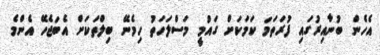
އެހެން ބުނާއިރުގައި ފުރަތަމަ ކަމަކަށް ގައުމީ މަސްލަހަތު ހިމެނޭ ބިލްތަކަށް އެބަޖެހޭ އެންމެ